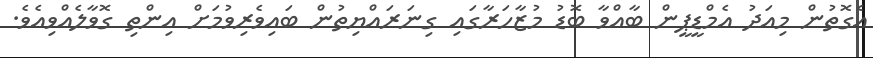
އެގޮތުން މިއަދު އެމްޑީޕީން ބާއްވާ ބޮޑު މުޒާހަރާގައި ގިނަރައްޔިތުން ބައިވެރިވުމަށް އިންތި ގޮވާލެއްވިއެވެ.